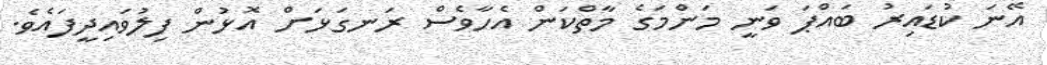
އޭނަ ކުޑައިރު ބައްޕަ ވަނީ މަންމަގެ މާތްކަން އެހާވެސް ރަނގަޅަށް އޮޅުން ފިލުވައިދީފައެވެ.